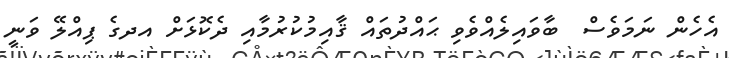
އެހެން ނަމަވެސް  ބާވައިލެއްވެވި ޙައްދުތައް ޤާއިމުކުރުމާއި ދެކޮޅަށް އދގެ ޕިއްލޭ ވަނީ